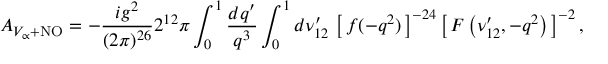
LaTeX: { \cal A } _ { V _ { \propto } + \mathrm { N O } } = - { \frac { i g ^ { 2 } } { ( 2 \pi ) ^ { 2 6 } } } 2 ^ { 1 2 } \pi \int _ { 0 } ^ { 1 } { \frac { d q ^ { \prime } } { q ^ { 3 } } } \int _ { 0 } ^ { 1 } d \nu _ { 1 2 } ^ { \prime } \, \left[ \, f ( - q ^ { 2 } ) \, \right] ^ { - 2 4 } \left[ \, F \left( \nu _ { 1 2 } ^ { \prime } , - q ^ { 2 } \right) \, \right] ^ { - 2 } ,